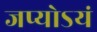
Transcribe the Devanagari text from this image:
जप्योऽयं